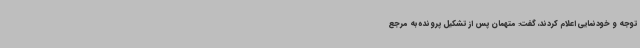
توجه و خودنمایی اعلام کردند، گفت: متهمان پس از تشکیل پرونده به مرجع